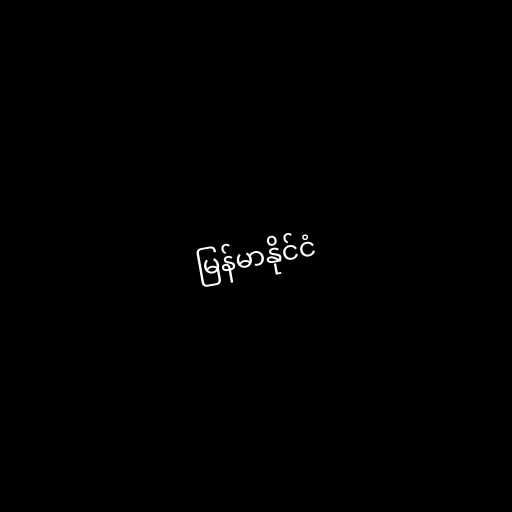
မြန်မာနိုင်ငံ